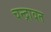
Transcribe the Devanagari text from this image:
चन्द्रावत